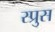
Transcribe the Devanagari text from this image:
स्प्रुस